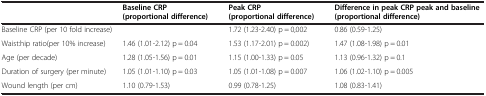
<table><thead><tr><td><b> </b></td><td><b>Baseline CRP (proportional difference)</b></td><td><b>Peak CRP (proportional difference)</b></td><td><b>Difference in peak CRP peak and baseline(proportional difference)</b></td></tr></thead><tbody><tr><td>Baseline CRP (per 10 fold increase)</td><td> </td><td>1.72 (1.23-2.40) p = 0,002</td><td>0.86 (0.59-1.25)</td></tr><tr><td>Waist:hip ratio(per 10% increase)</td><td>1.46 (1.01-2.12) p = 0.04</td><td>1.53 (1.17-2.01) p = 0.002)</td><td>1.47 (1.08-1.98) p = 0.01</td></tr><tr><td>Age (per decade)</td><td>1.28 (1.05-1.56) p = 0.01</td><td>1.15 (1.00-1.33) p = 0.05</td><td>1.13 (0.96-1.32) p = 0.1</td></tr><tr><td>Duration of surgery (per minute)</td><td>1.05 (1.01-1.10) p = 0.03</td><td>1.05 (1.01-1.08) p = 0.007</td><td>1.06 (1.02-1.10) p = 0.005</td></tr><tr><td>Wound length (per cm)</td><td>1.10 (0.79-1.53)</td><td>0.99 (0.78-1.25)</td><td>1.08 (0.83-1.41)</td></tr></tbody></table>